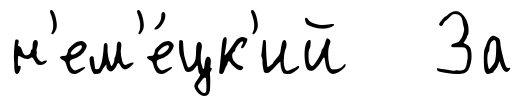
н'ем'е́цк'ий За